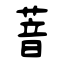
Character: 萻